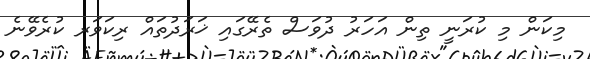
މިކަން މި ކުރަނީ ތިން އަހަރު ދުވަސް ތެރޭގައި ޚަރަދުތައް ރިކަވަރ ކުރެވޭނެ